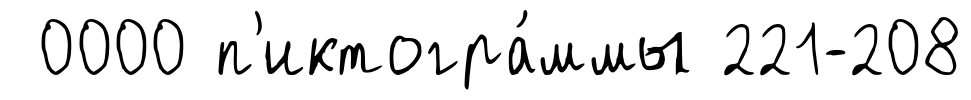
0000 п'иктогра́ммы 221-208